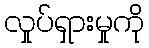
လှုပ်ရှားမှုကို